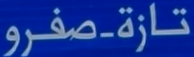
تازة-صفرو